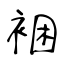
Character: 裍